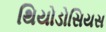
થિયોડોસિયસ